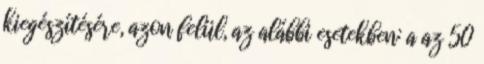
kiegészítésére, azon felül, az alábbi esetekben: a az 50